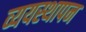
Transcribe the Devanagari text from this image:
व्ययस्थापन